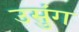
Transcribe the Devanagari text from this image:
उसुंग